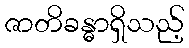
ဇာတိခန္ဓာရှိသည့်